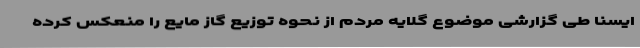
ایسنا طی گزارشی موضوع گلایه مردم از نحوه توزیع گاز مایع را منعکس کرده